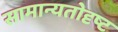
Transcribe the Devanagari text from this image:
सामान्यतोदृष्ट